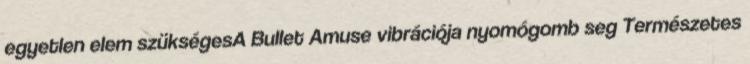
egyetlen elem szükségesA Bullet Amuse vibrációja nyomógomb seg Természetes